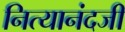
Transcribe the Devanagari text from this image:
नित्यानंदजी